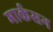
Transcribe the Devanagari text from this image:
मार्कसन